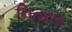
નિતરતા